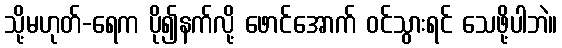
သို့မဟုတ်-ရေက ပို၍နက်လို့ ဖောင်အောက် ဝင်သွားရင် သေဖို့ပါဘဲ။